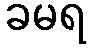
ခမရ